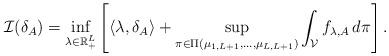
LaTeX: \begin{align*} \mathcal{I}(\delta_{A} ) = \inf_{\lambda \in \mathbb{R}_{+}^L}\left[ \langle \lambda, \delta_{A} \rangle + \sup_{\pi \in \Pi(\mu_{1, L+1},\dotsc, \mu_{L,L+1})} \int_{\mathcal{V}} f_{\lambda, A} \, d \pi \right]. \end{align*}